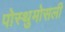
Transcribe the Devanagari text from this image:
पोस्थुमोसली